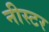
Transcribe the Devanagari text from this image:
नीस्टर